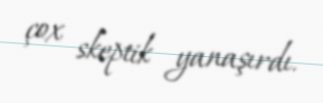
çox skeptik yanaşırdı.